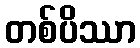
တစ်ပိဿာ